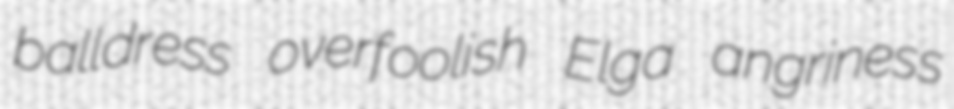
balldress overfoolish Elga angriness